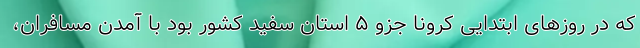
که در روز‌های ابتدایی کرونا جزو ۵ استان سفید کشور بود با آمدن مسافران،